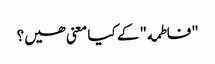
"فاطمه" کے کیا معنی ھیں؟